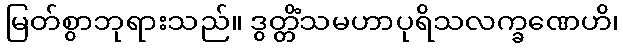
မြတ်စွာဘုရားသည်။ ဒွတ္တိံသမဟာပုရိသလက္ခဏေဟိ၊